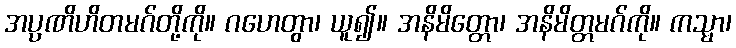
အပ္ပဏိဟိတမဂ်တို့ကို။ ဂဟေတွာ၊ ယူ၍။ အနိမိတ္တော၊ အနိမိတ္တမဂ်ကို။ ကသ္မာ၊